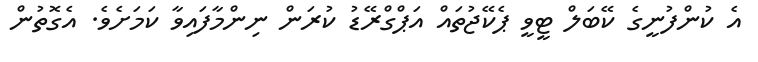
އެ ކުންފުނީގެ ކޭބަލް ޓީވީ ޕެކޭޖުތައް އަޕްގްރޭޑު ކުރަން ނިންމާފައިވާ ކަމަށެވެ. އެގޮތުން